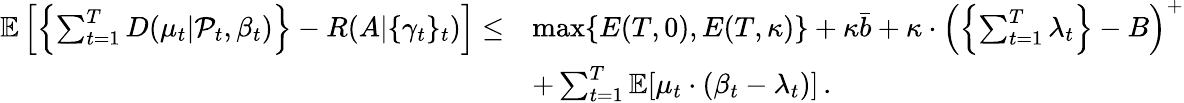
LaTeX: \begin{array}{rl}{\mathbb{E}\left[\left\{ \sum_{t=1}^{T}D(\mu_{t}|\mathcal{P}_{t},\beta_{t})\right\} -R(A|\{ \gamma_{t}\} _{t})\right]\leq}&{\operatorname*{max}\{ E(T,0),E(T,\kappa)\} +\kappa\bar{b}+\kappa\cdot\left(\left\{ \sum_{t=1}^{T}\lambda_{t}\right\} -B\right)^{+}}\\ &{+\sum_{t=1}^{T}\mathbb{E}[\mu_{t}\cdot(\beta_{t}-\lambda_{t})]\, .}\end{array}